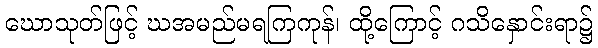
ဃောသုတ်ဖြင့် ဃအမည်မရကြကုန်၊ ထို့ကြောင့် ဂသိနှောင်းရာ၌